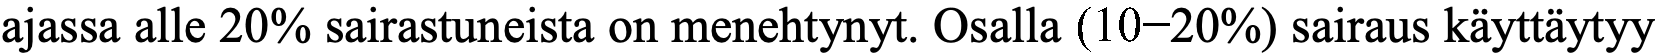
ajassa alle 20% sairastuneista on menehtynyt. Osalla (10−20%) sairaus käyttäytyy